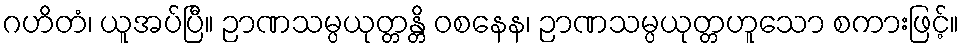
ဂဟိတံ၊ ယူအပ်ပြီ။ ဉာဏသမ္ပယုတ္တန္တိ ဝစနေန၊ ဉာဏသမ္ပယုတ္တဟူသော စကားဖြင့်။